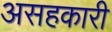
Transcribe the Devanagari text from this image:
असहकारी